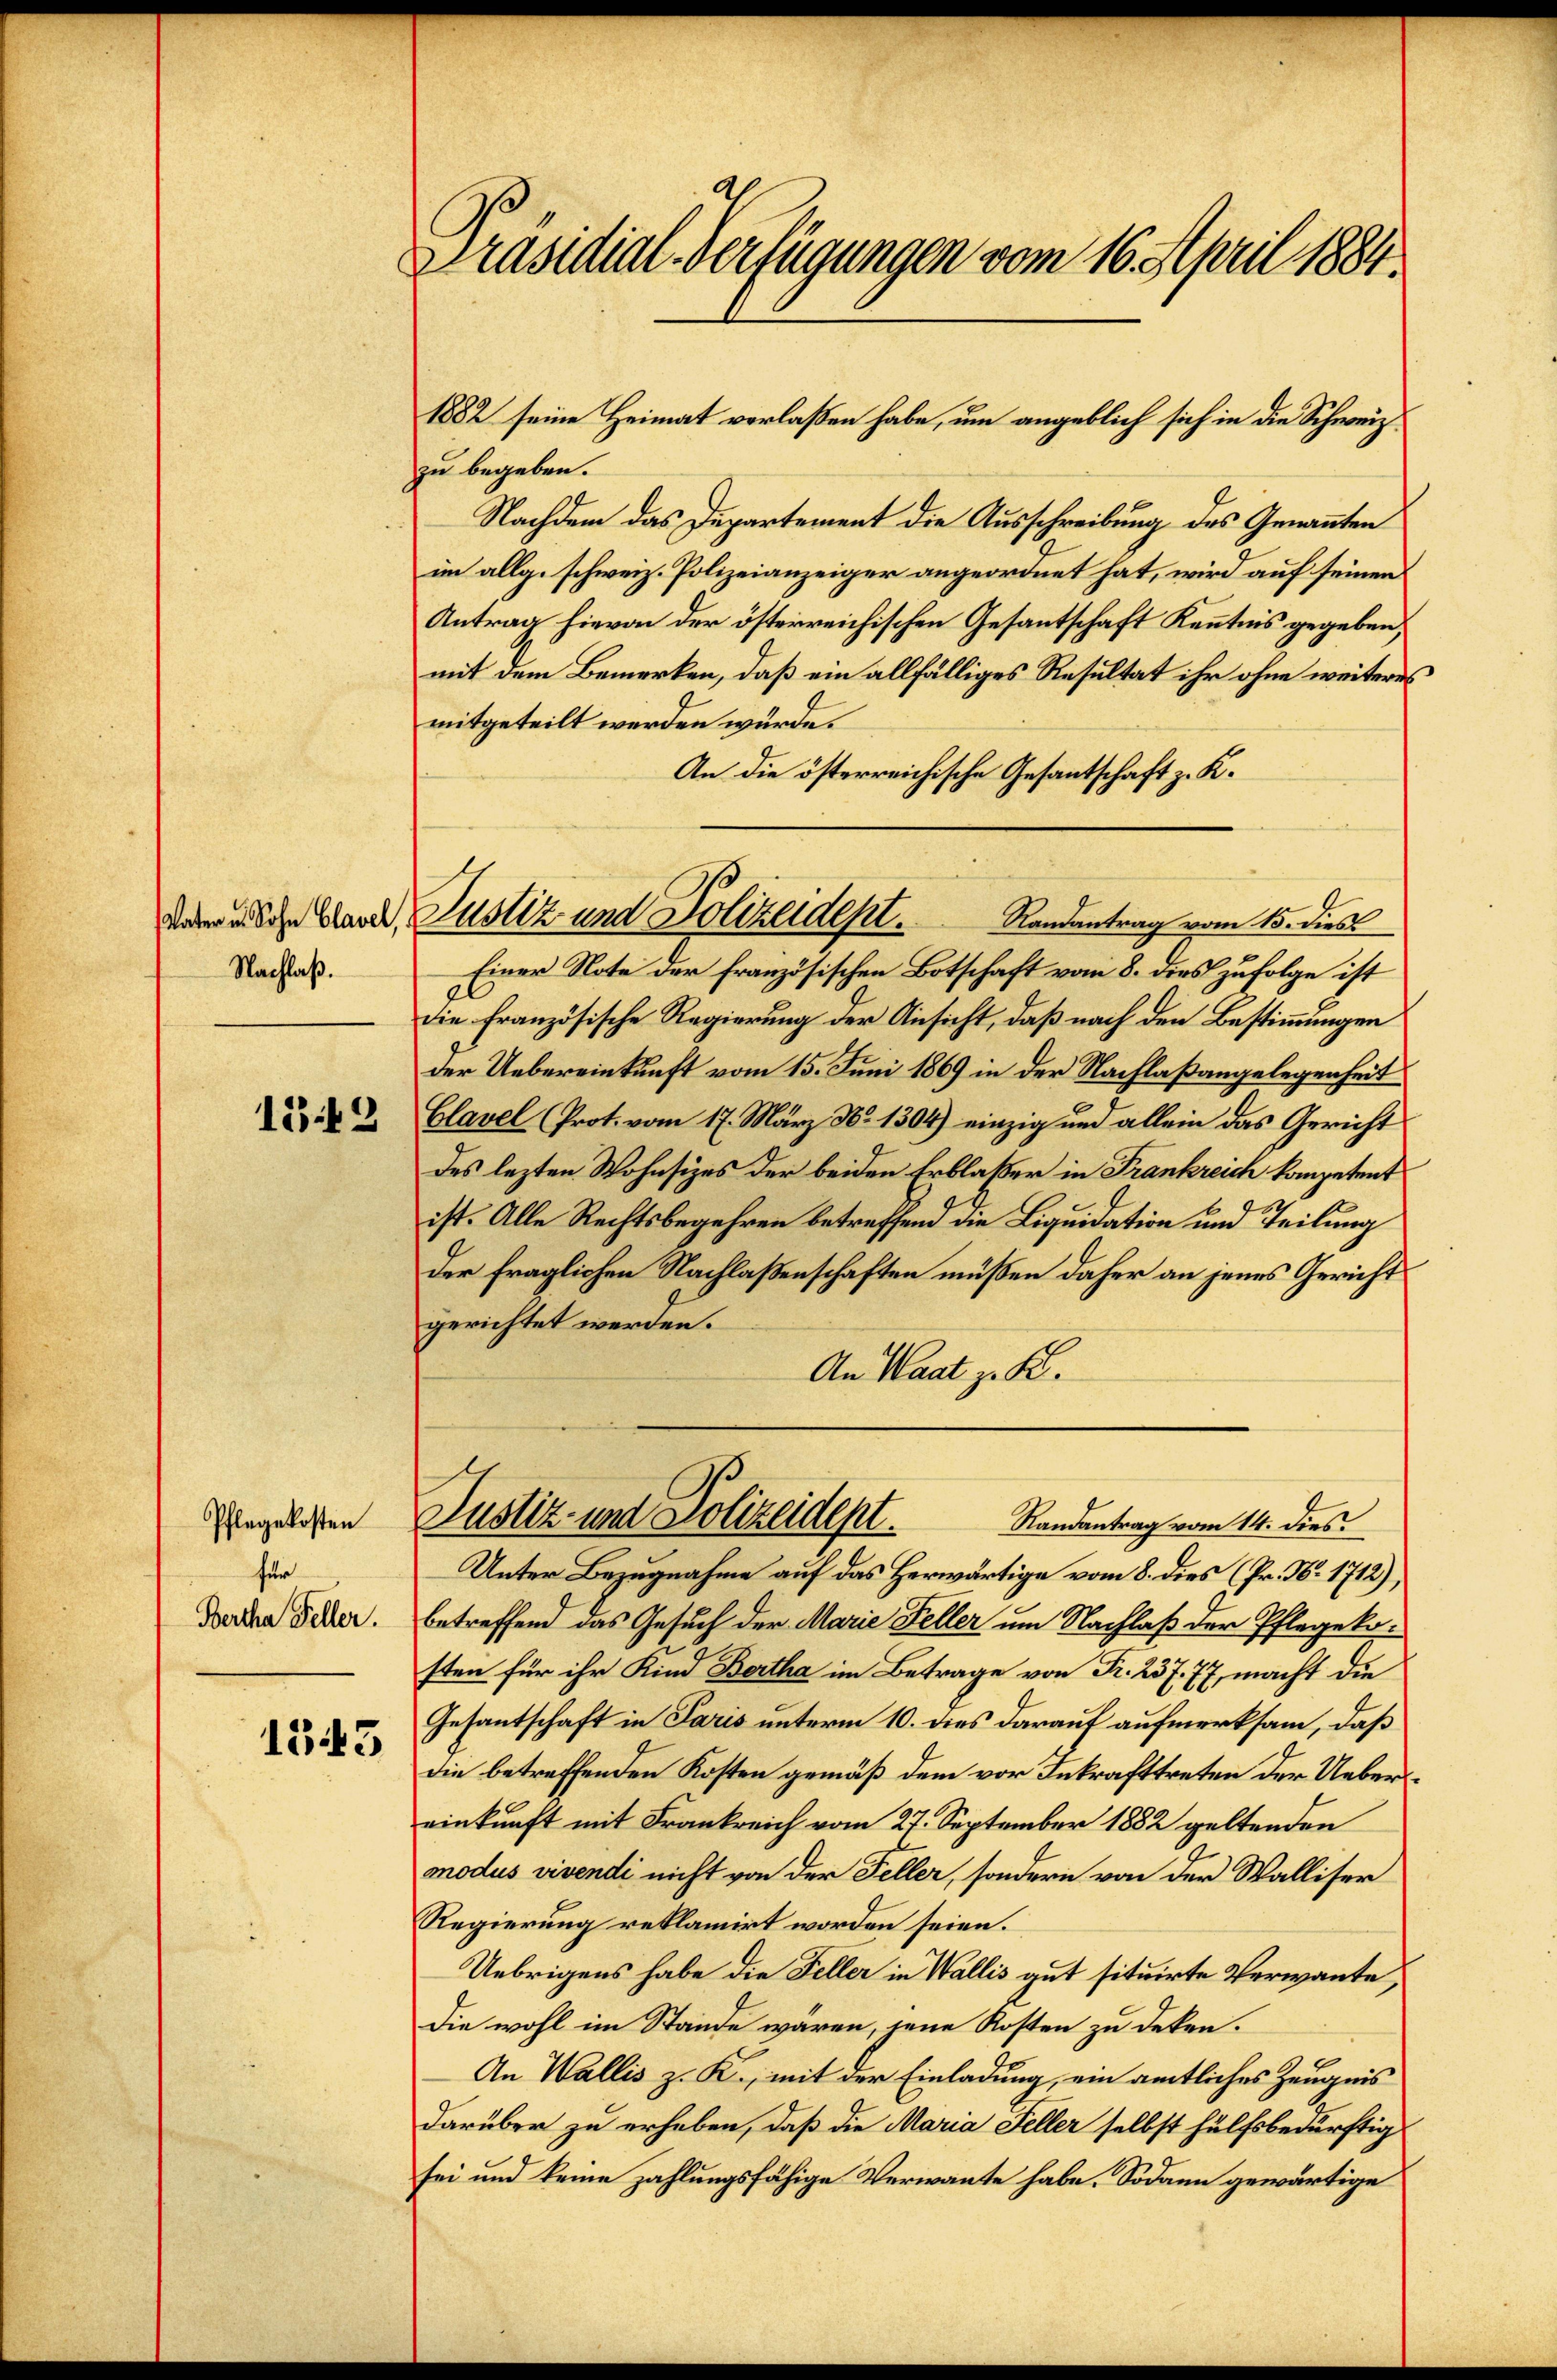
Vater u. Sohn Clavel,
Nachlaß.

152

Pflegekosten
für
Bertha Feller.

1343

Präsidial-Verfügungen vom 16. April 1884.

1882 seine Heimat verlaßen habe, um angeblich sich in die Schweiz.
zu begeben.
Nachdem das Departement die Ausschreibung des Genannten
im allg. schweiz. Polizeianzeiger angeordnet hat, wird auf seinen
Antrag hievon der österreichischen Gesantschaft Kenntnis gegeben,
mit dem Bemerken, daß ein allfälliges Resultat ihr ohne weiteres
mitgeteilt werden würde.
An die österreichische Gesantschaft z. K.
Randantrag vom 15. dies
Einer Note der französischen Botschaft vom 8. dies zufolge ist
die französische Regierung der Ansicht, daß nach den Bestimmungen
der Uebereinkunft vom 15. Juni 1869 in der Nachlaßangelegenheit
Clavel (Prot. vom 17. März N. 1304) einzig und allein das Gericht
des lezten Wohnsizes der beiden Erblaßer in Frankreich kompetent
ist. Alle Rechtsbegehren betreffend die Liquidation und Teilung
der fraglichen Nachlaßenschaften müßen daher an jenes Gericht
gerichtet werden.
An Waat z. K.
Justiz- und Polizeidept.
Randantrag vom 14. dies
Unter Bezugnahme auf das Herwärtige vom 8. dies (Pr. N. 1712),
betreffend das Gesuch der Marie Feller um Nachlaß der Pflegekosten für ihr Kind Bertha im Betrage von Fr. 237. 77, macht die
Gesantschaft in Paris unterm 10. dies darauf aufmerksam, daß
die betreffenden Kosten gemäß dem vor Inkrafttreten der Uebereinkunft mit Frankreich vom 27. September 1882 geltenden
modus vivendi nicht von der Feller, sondern von der Walliser
Regierung reklamirt worden seien.
Uebrigens habe die Feller in Wallis gut situirte Verwante,
Die wohl im Stände wären, jene Kosten zu deken.
An Wallis z. K., mit der Einladung, ein amtliches Zeugnis
darüber zu erheben, daß die Maria Feller selbst hülfsbedürftig
sei und keine zahlungsfähige Verwante habe. Sodann gewärtige

Justiz und Polizeidept.